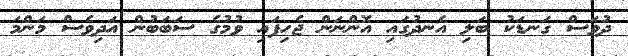
ދުވަސް ގަނޑަކު ބަލި އެނދުގައި އޮންނަން ޖެހިފައި ވުމުގެ ސަބަބުން އަދިވެސް މަންމަ